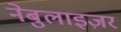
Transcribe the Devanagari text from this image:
नेबुलाइज़र